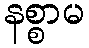
နစ္စာမ